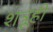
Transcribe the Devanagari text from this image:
शत्रूही